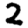
Digit: 2